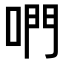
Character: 𠵘